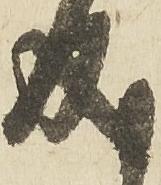
成